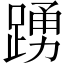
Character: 踴